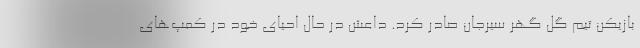
بازیکن تیم گل گهر سیرجان صادر کرد. داعش در حال احیای خود در کمپ‌های